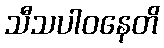
သီသပါဝနေတိ